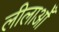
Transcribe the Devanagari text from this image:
लीलाओँ